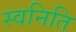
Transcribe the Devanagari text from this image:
स्वनिति